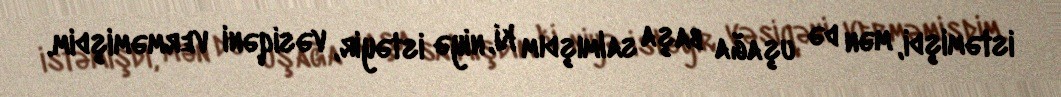
istəmişdi, mən də uşağa başa salmışdım ki, niyə istəyir, vəsiqəni verməmişdim.